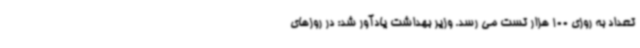
تعداد به روزی 100 هزار تست می رسد. وزیر بهداشت یادآور شد: در روزهای